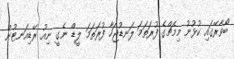
ބޯވާރޭގައި ކުޅުނު މިމެޗްގެ ފުރަތަމަ ލަނޑުޖަހާ ފުރަތަމަ ލީޑް ނެގީ ނިއު ރޭޑިއަނޓުން